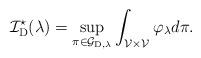
LaTeX: \begin{align*}\mathcal{I}_{\mathrm{D} }^\star (\lambda) = \sup _{\pi \in \mathcal{G}_{\mathrm{D}, \lambda} } \int_{\mathcal{V} \times \mathcal{V}} \varphi_\lambda d \pi.\end{align*}